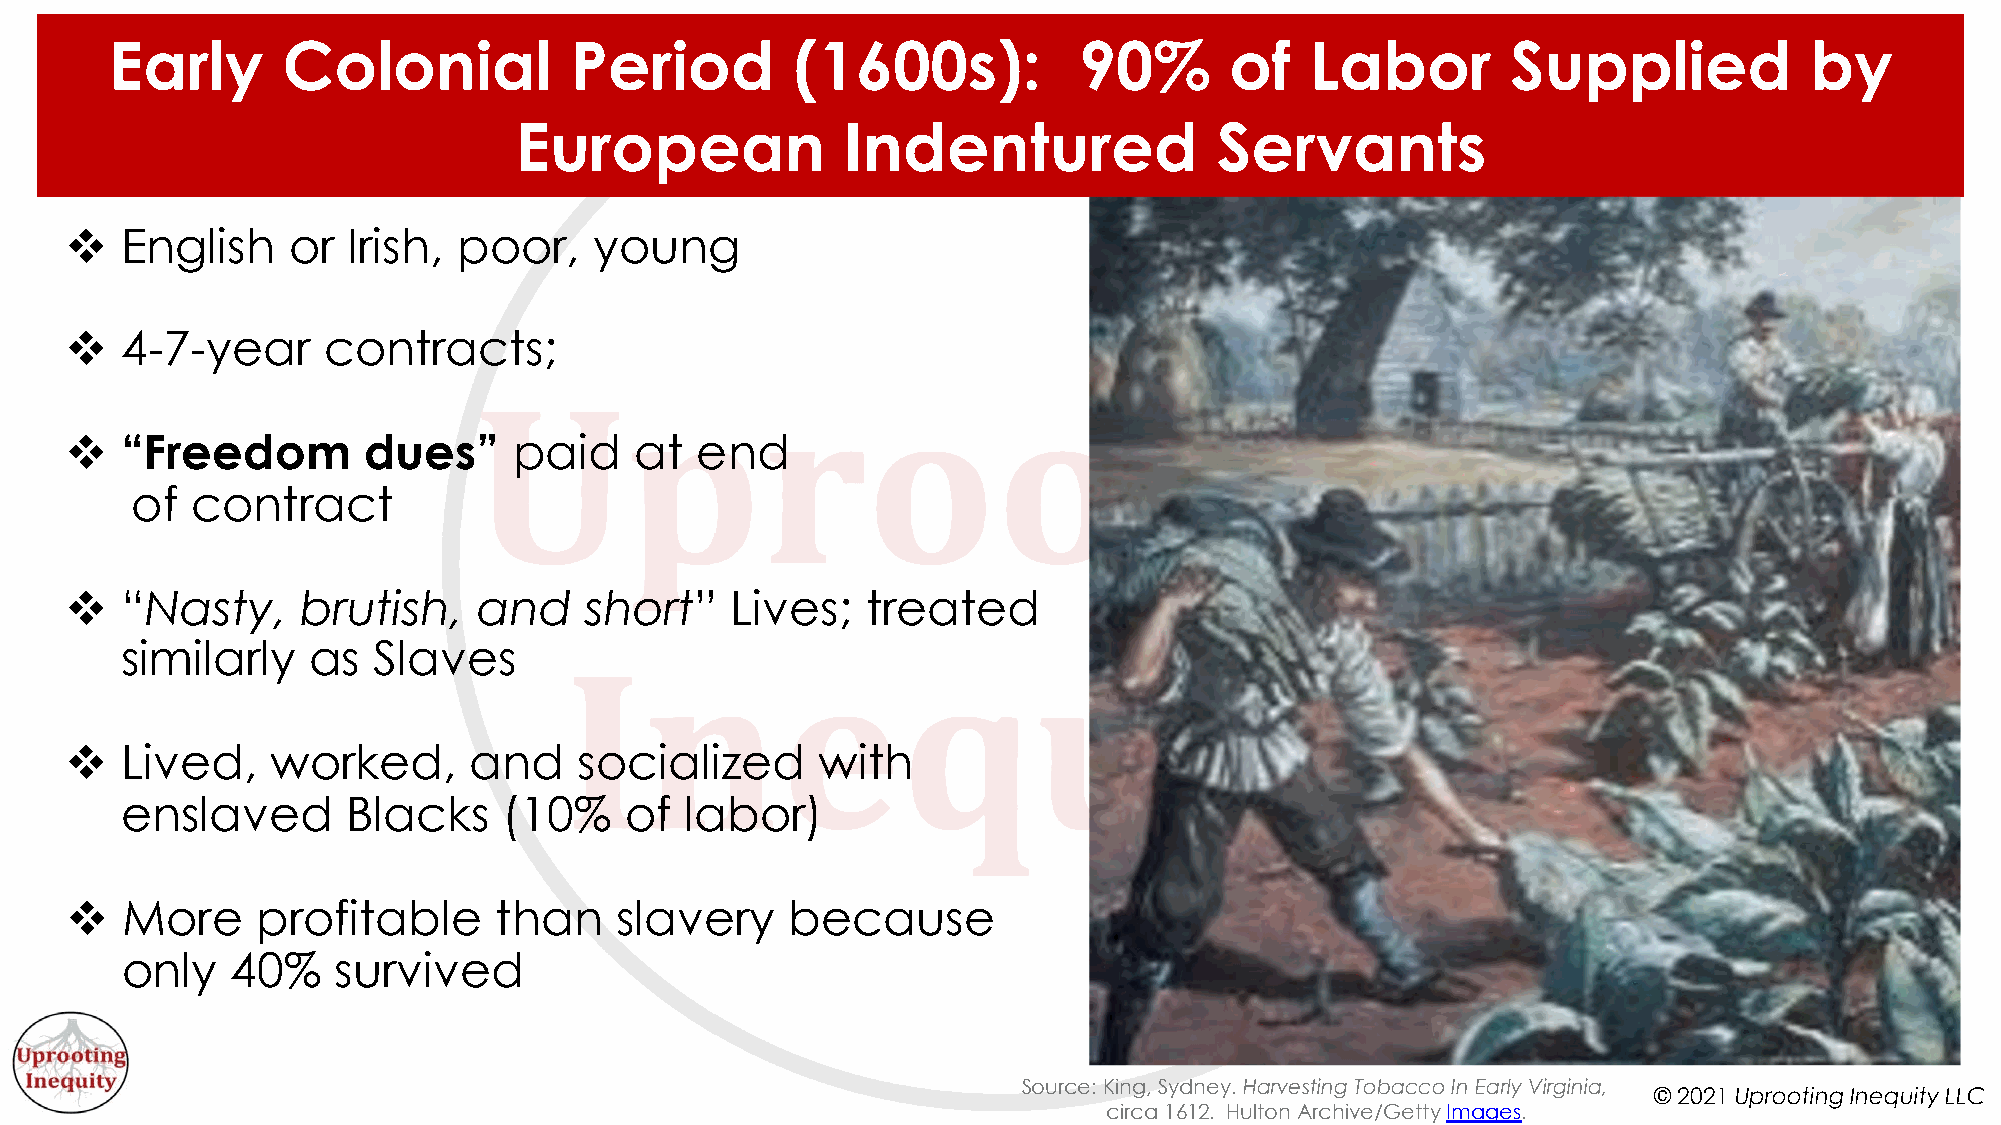
Early       Colonial           Period         (1600s):          90%       of    Labor        Supplied            by
 European              Indentured               Servants
 v   English    or  Irish, poor,    young
 v   4-7-year     contracts;
 v   “Freedom        dues”     paid    at  end
 of  contract
 v   “Nasty,     brutish,    and    short”   Lives;   treated
 similarly   as   Slaves
 v   Lived,    worked,      and    socialized      with
 enslaved       Blacks    (10%    of  labor)
 v   More     profitable      than    slavery    because
 only   40%    survived
 Source: King, Sydney. Harvesting Tobacco In Early Virginia,
 © 2021 Uprooting Inequity LLC
 circa 1612. Hulton Archive/Getty Images.